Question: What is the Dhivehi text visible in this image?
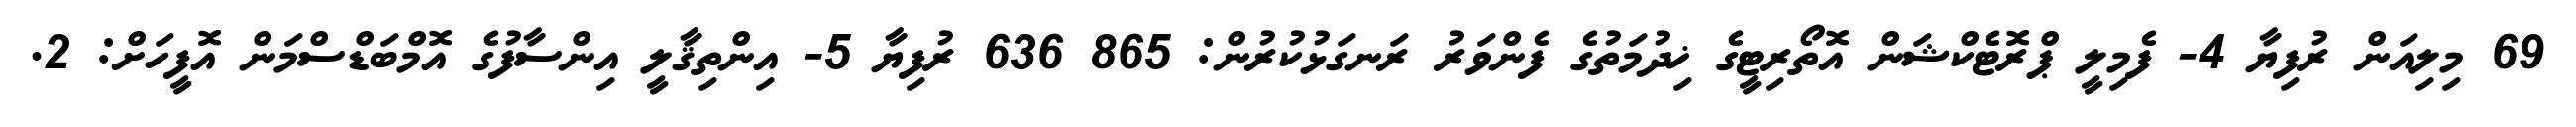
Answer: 69 މިލިއަން ރުފިޔާ 4- ފެމިލީ ޕްރޮޓެކްޝަން އޮތޯރިޓީގެ ޚިދުމަތުގެ ފެންވަރު ރަނގަޅުކުރުން: 865 636 ރުފިޔާ 5- އިންތިޤާލީ އިންސާފުގެ އޮމްބަޑްސްމަން އޮފީހަށް: 2.